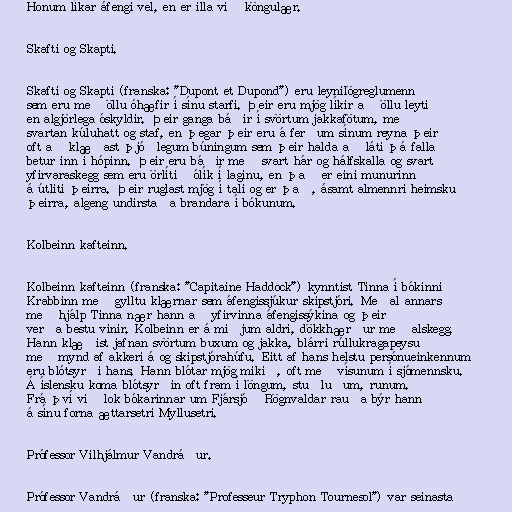
Honum líkar áfengi vel, en er illa við köngulær.

Skafti og Skapti.

Skafti og Skapti (franska: "Dupont et Dupond") eru leynilögreglumenn
sem eru með öllu óhæfir í sínu starfi. Þeir eru mjög líkir að öllu leyti
en algjörlega óskyldir. Þeir ganga báðir í svörtum jakkafötum, með
svartan kúluhatt og staf, en þegar þeir eru á ferðum sínum reyna þeir
oft að klæðast þjóðlegum búningum sem þeir halda að láti þá falla
betur inn í hópinn. Þeir eru báðir með svart hár og hálfskalla og svart
yfirvaraskegg sem eru örlítið ólík í laginu, en það er eini munurinn
á útliti þeirra. Þeir ruglast mjög í tali og er það, ásamt almennri heimsku
þeirra, algeng undirstaða brandara í bókunum.

Kolbeinn kafteinn.

Kolbeinn kafteinn (franska: "Capitaine Haddock") kynntist Tinna í bókinni
Krabbinn með gylltu klærnar sem áfengissjúkur skipstjóri. Meðal annars
með hjálp Tinna nær hann að yfirvinna áfengissýkina og þeir
verða bestu vinir. Kolbeinn er á miðjum aldri, dökkhærður með alskegg.
Hann klæðist jafnan svörtum buxum og jakka, blárri rúllukragapeysu
með mynd af akkeri á og skipstjórahúfu. Eitt af hans helstu persónueinkennum
eru blótsyrði hans. Hann blótar mjög mikið, oft með vísunum í sjómennsku.
Á íslensku koma blótsyrðin oft fram í löngum, stuðluðum, runum.
Frá því við lok bókarinnar um Fjársjóð Rögnvaldar rauða býr hann
á sínu forna ættarsetri Myllusetri.

Prófessor Vilhjálmur Vandráður.

Prófessor Vandráður (franska: "Professeur Tryphon Tournesol") var seinasta